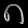
Digit: ၈